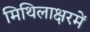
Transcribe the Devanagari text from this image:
मिथिलाक्षरमें